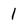
Character: 1